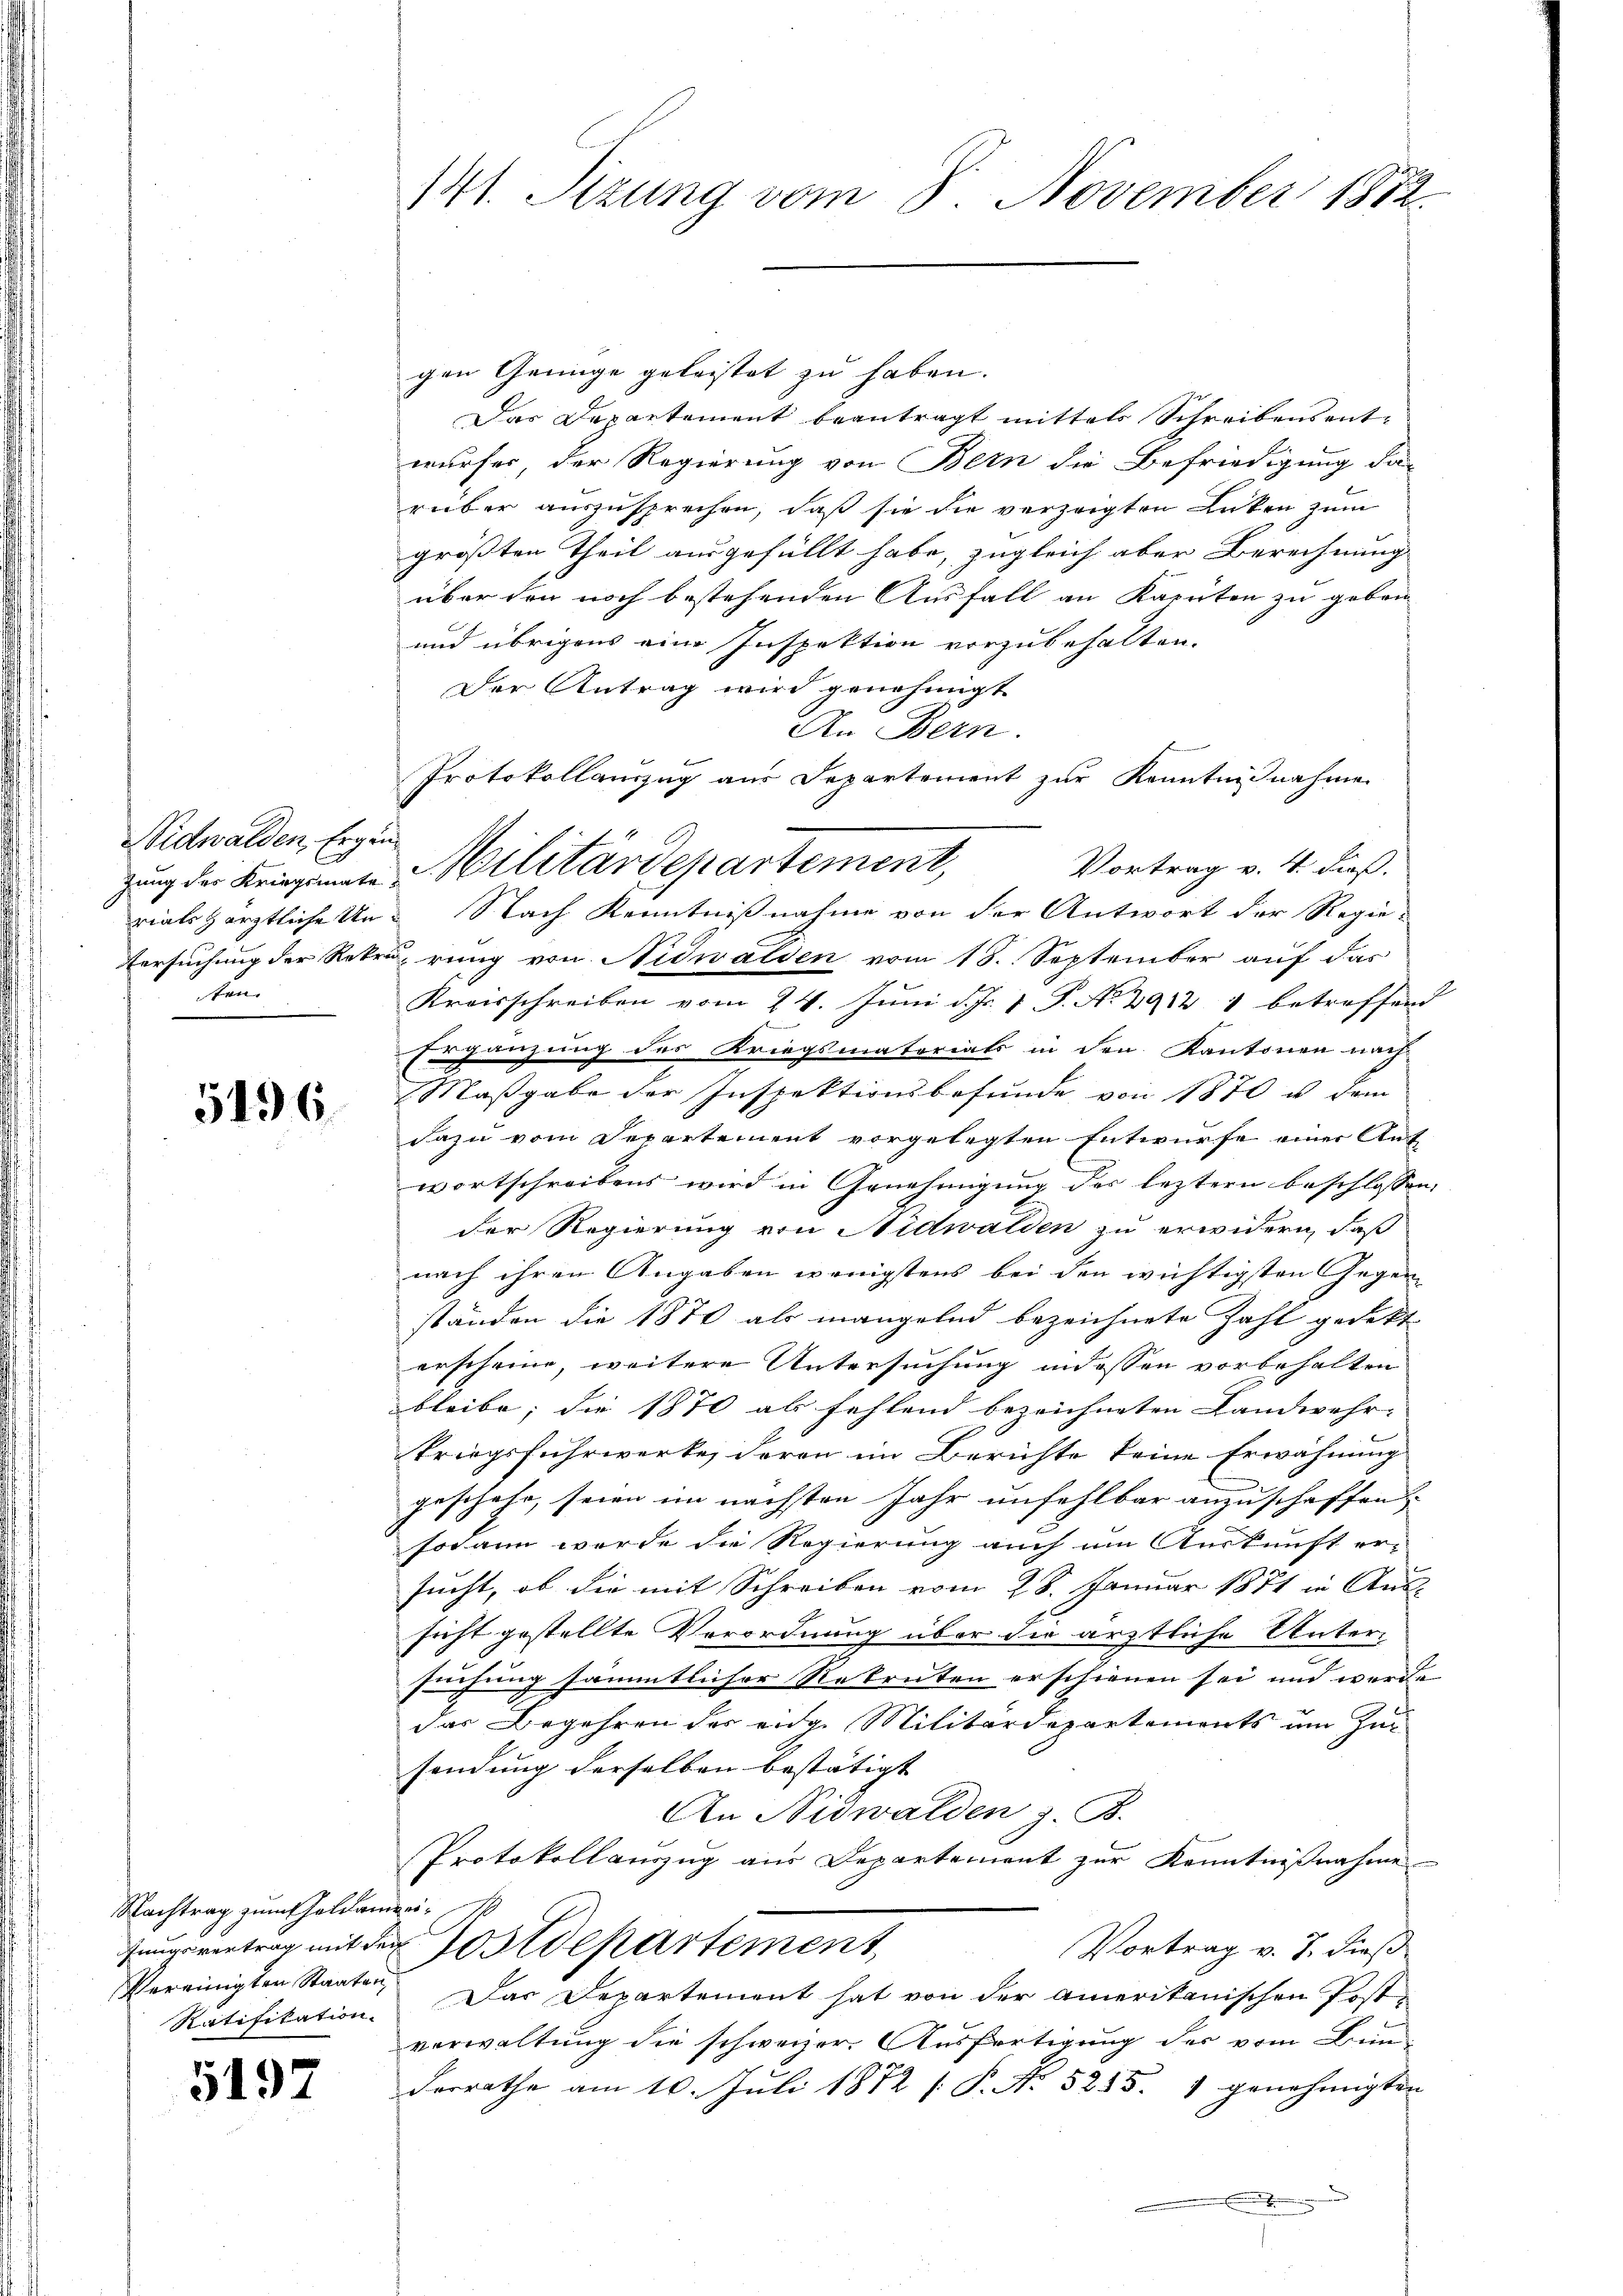
Nidwalden, Ergän
ten.

5196.

Nachtrag zum Geldamen
Vereinigten Staaten,

5197

141. Sitzung vom 8. November 1812.

gen Genüge geleistet zu haben.
Das Departement beantragt mittels Schreibens entwurfes, der Regierung von Bern die Befriedigung das
rüber auszusprechen, daß sie die verzeigten Lücken zum
größten Theil ausgefüllt habe, zugleich aber Berechnung
über den noch bestehenden Ausfall an Kapeten zu geben
und übrigens eine Inspektion vorzubehalten.
Der Antrag wird genehmigt
An Bern.
rialszärztliche Un- Nach Kenntnißnahme von der Antwort der Regie-
Versuchung der Rekrurung von Nidwalden vom 18. September auf das
Kreisschreiben vom 24. Juni d. Js. 1. P. N. 2912 4 betreffend |
Ergänzung des Kriegsmatorials in den Kantonen nach
 Maßgabe der Inspektionsbefunde von 1870 u. dem
dazu vom Departement vorgelegten Entwurfe einer Auf
wortschreibens wird in Genehmigung des leztern beschlossen,
der Regierung von Nidwalden zu erwidern, daß
nach ihren Angaben wenigstens bei den wichtigsten Gegen-
ständen die 1870 als mangelnd bezeichnete Zahl gedekt
erscheine, weitere Untersuchung indessen vorbehalten
bleibe; die 1870 als fehlend bezeichneten Landwehr- |
kriegsfuhrwerke, deren im Berichte keine Erwähnung
geschehe, seien im nächsten Jahr unfehlbar anzuschaffen
sodann werde die Regierung auch um Auskunft er-
sucht, ob die mit Schreiben vom 28. Januar 1871 in Aussicht gestellte Verordnung über die ärztliche Unter-
suchung sämmtlicher Rekruten erschienen sei und werde
das Begehren der eidge Militärdepartements um zur
sendung derselben bestätigt
An Nidwalden z. B.
Protokollauszug aus Departement zur Kenntnißnahme
hungsvertrag mit der Postdepartement,
Vortrag v. 7. dieß
Ratifikation. Das Departement hat von der amerikanischen Post-
verwaltung die schweizer. Ausfertigung des vom Bun-
desrathe am 10. Juli 1872 P. No 5255. 1 genehmigten
................

Protokollanzug aus Departement zur Kenntnißnahme
zung der Kriegenen Militärdepartement,

Vortrag v. 4. dieß.